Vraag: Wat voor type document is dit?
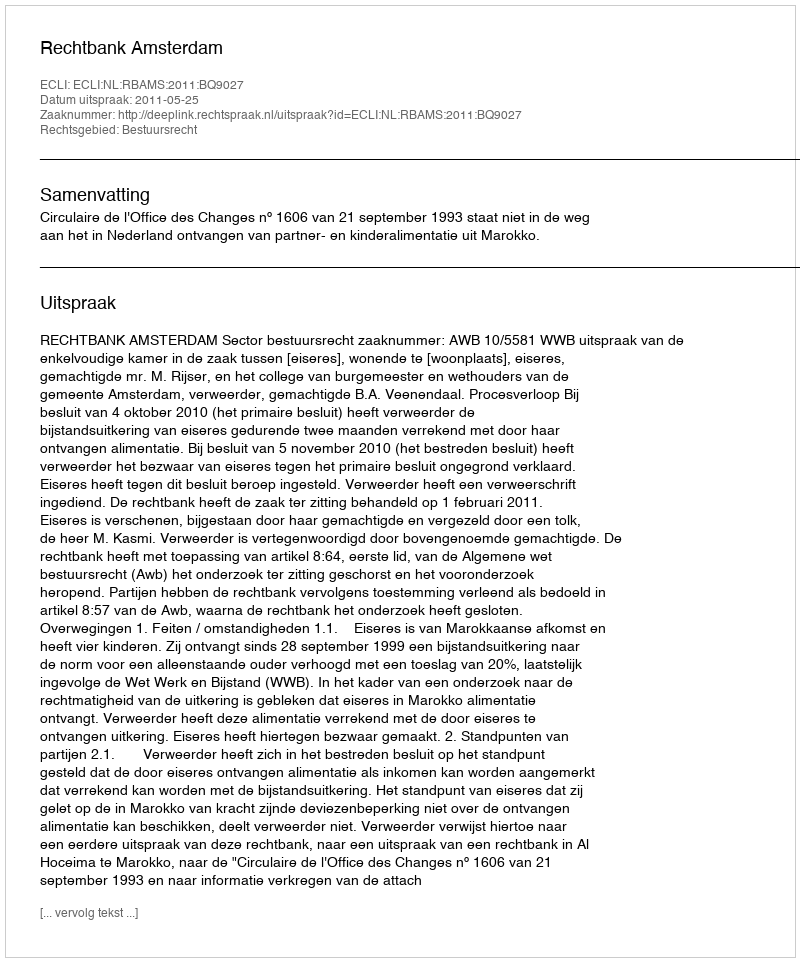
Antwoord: Uitspraak